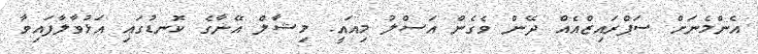
އެންމެނަށް ސަޕްރައިޒްއެއް ދޭން ވެގެން އަސްލު މިއައީ. މިޝާލް އޭނާގެ ކޮނޑުގައި އަޅުވާލާފައިވާ